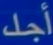
أجل